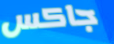
جاكس